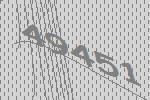
49451